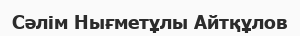
Сәлім Нығметұлы Айтқұлов